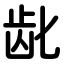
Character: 龀